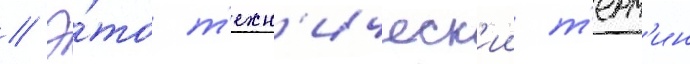
// Э́то т'ехн'ическ'ии т'ерм'ин